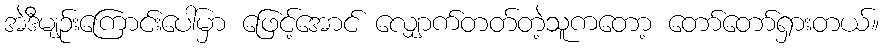
အဲဒီမျဉ်းကြောင်းပေါ်မှာ ဖြေင့်အောင် လျှောက်တတ်တဲ့သူကတော့ တော်တော်ရှားတယ်။